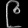
Digit: ၉